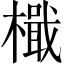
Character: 檝